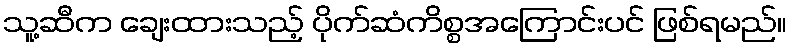
သူ့ဆီက ချေးထားသည့် ပိုက်ဆံကိစ္စအကြောင်းပင် ဖြစ်ရမည်။